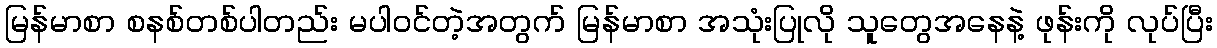
မြန်မာစာ စနစ်တစ်ပါတည်း မပါဝင်တဲ့အတွက် မြန်မာစာ အသုံးပြုလို သူတွေအနေနဲ့ ဖုန်းကို လုပ်ပြီး